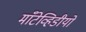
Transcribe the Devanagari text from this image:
माँटेव्हिडीयो